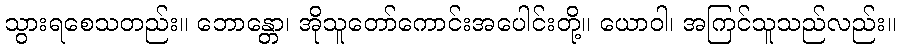
သွားရစေသတည်း။ ဘောန္တော၊ အိုသူတော်ကောင်းအပေါင်းတို့။ ယောဝါ၊ အကြင်သူသည်လည်း။